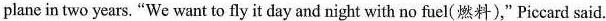
plane in two years."We want to fly it day and night with no fuel(燃料)," Piccard said.